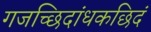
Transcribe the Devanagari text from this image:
गजच्छिदांधकछिदं